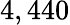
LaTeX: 4,440